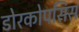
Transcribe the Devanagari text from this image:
डोरकोपसिस